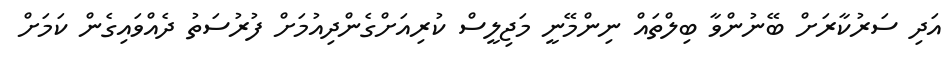
އަދި ސަރުކާރަށް ބޭނުންވާ ބިލްތައް ނިންމޭނީ މަޖިލީސް ކުރިއަށްގެންދިއުމަށް ފުރުސަތު ދެއްވައިގެން ކަމަށް